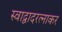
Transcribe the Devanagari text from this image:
स्वाद्वादरत्नाकर